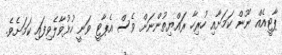
ޕާޓީއެއް ނޫން ކަމަށާއި ހުރިހާ ރައްޔިތުންނަށް ވެސް އެޕާޓީ ވަނީ ހުޅުވާލެވިފައި ކަމަށެވެ.